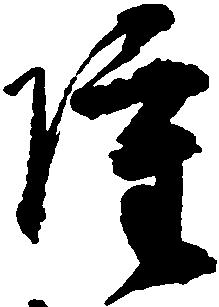
雖